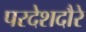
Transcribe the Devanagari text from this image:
परदेशदौरे